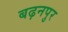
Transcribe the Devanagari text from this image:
बढ़नपुर